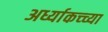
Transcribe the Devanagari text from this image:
अर्ध्याकच्च्या